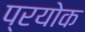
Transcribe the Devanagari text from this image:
प्रयोक